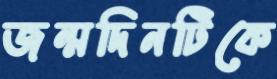
জন্মদিনটিকে